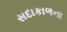
સદાકાળના